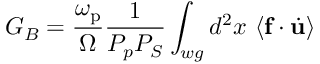
G _ { B } = \frac { \omega _ { \mathrm { p } } } { \Omega } \frac { 1 } { P _ { p } P _ { S } } \int _ { w g } d ^ { 2 } x \ \langle { \bf f } \cdot \dot { \bf u } \rangle